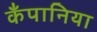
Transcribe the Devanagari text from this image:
कँपानिया